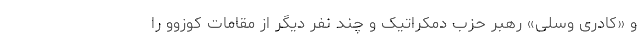
و «کادری وسلی» رهبر حزب دمکراتیک و چند نفر دیگر از مقامات کوزوو را